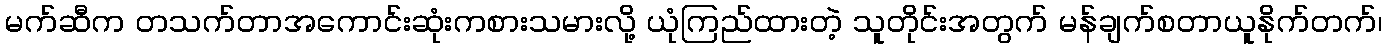
မက်ဆီက တသက်တာအကောင်းဆုံးကစားသမားလို့ ယုံကြည်ထားတဲ့ သူတိုင်းအတွက် မန်ချက်စတာယူနိုက်တက်၊